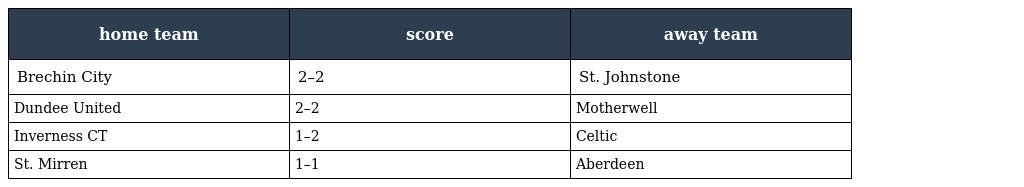
| home team | score | away team |
 | --- | --- | --- |
 | Brechin City | 2–2 | St. Johnstone |
 | Dundee United | 2–2 | Motherwell |
 | Inverness CT | 1–2 | Celtic |
 | St. Mirren | 1–1 | Aberdeen |